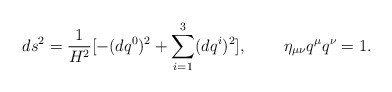
\begin{align*}ds^2=\frac{1}{H^2}[-(dq^0)^2+\sum_{i=1}^{3}(dq^{i})^2],\;\;\;\;\;\;\;\;\eta_{\mu\nu}q^\mu q^\nu=1.\end{align*}